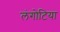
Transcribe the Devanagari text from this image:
लंगोटिया